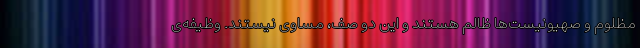
مظلوم و صهیونیست‌ها ظالم هستند و این دو صف، مساوی نیستند. وظیفه‌ی